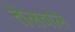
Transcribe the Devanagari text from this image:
तेलवाले